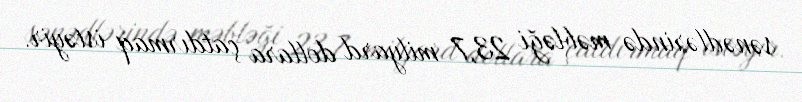
sənədlərində məbləği 23,7 milyard dollara çatdırmaq istəyir.